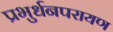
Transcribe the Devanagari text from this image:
प्रभुर्धनपरायण